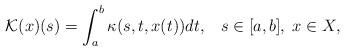
LaTeX: \begin{align*}\mathcal{K} (x)(s) = \int_a^b \kappa (s, t, x (t)) d t, \;\;\; s \in [a, b], \; x \in X,\end{align*}